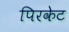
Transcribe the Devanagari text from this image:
पिरकेट